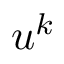
u ^ { k }